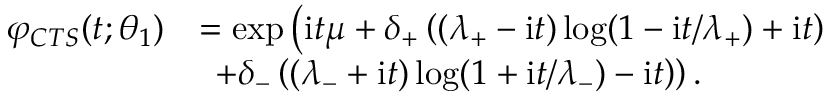
\begin{array} { r l } { \varphi _ { C T S } ( t ; \theta _ { 1 } ) } & { = \exp \left( \mathrm { i } t \mu + \delta _ { + } \left( ( \lambda _ { + } - \mathrm { i } t ) \log ( 1 - \mathrm { i } t / \lambda _ { + } ) + \mathrm { i } t \right) \right. } \\ & { \ \left. + \delta _ { - } \left( ( \lambda _ { - } + \mathrm { i } t ) \log ( 1 + \mathrm { i } t / \lambda _ { - } ) - \mathrm { i } t \right) \right) . } \end{array}